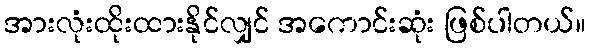
အားလုံးထိုးထားနိုင်လျှင် အကောင်းဆုံး ဖြစ်ပါတယ်။